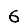
Digit: 6